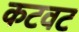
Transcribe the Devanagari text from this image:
कटवट